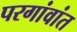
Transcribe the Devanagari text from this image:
परगांवांत